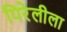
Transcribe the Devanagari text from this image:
पिरेलीला